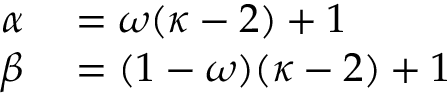
\begin{array} { r l } { \alpha } & { { } = \omega ( \kappa - 2 ) + 1 } \\ { \beta } & { { } = ( 1 - \omega ) ( \kappa - 2 ) + 1 } \end{array}